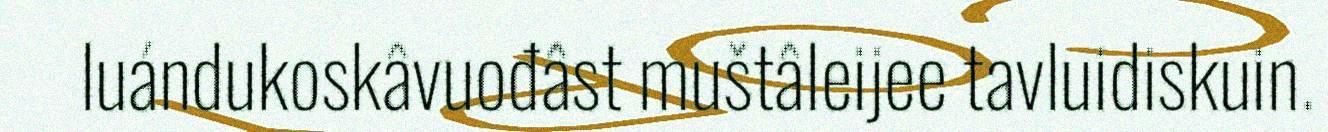
luándukoskâvuođâst muštâleijee tavluidiskuin.